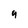
Character: g